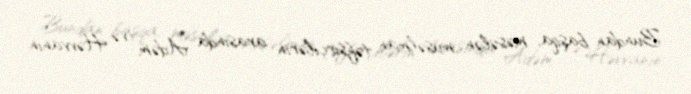
Bundan başqa, məsələn müsəlman təfsirçilərin arasında Adəm və Həvvanın